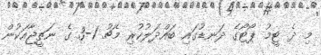
މި ދެ ޓީމު ޕޯޓޯގެ ދަނޑުގައި ބައްދަލުކުރި މެޗު 1-3 ގެ ނަތީޖާއަކުން